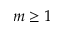
m \geq 1